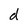
Character: d